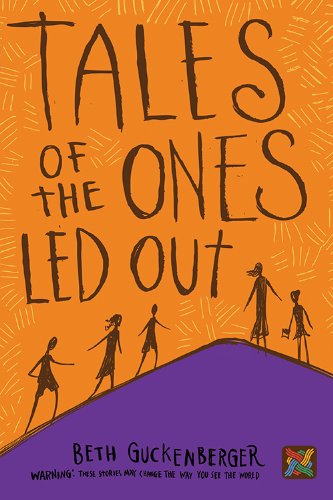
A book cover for Tales of the Ones Led Out (Storyweaver); Beth Guckenberger; Children's Books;